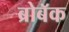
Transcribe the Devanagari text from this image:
ब्रोबॅक